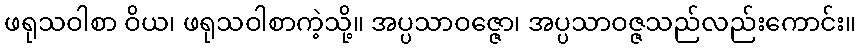
ဖရုသဝါစာ ဝိယ၊ ဖရုသဝါစာကဲ့သို့။ အပ္ပသာဝဇ္ဇော၊ အပ္ပသာဝဇ္ဇသည်လည်းကောင်း။